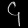
Digit: ၄